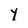
Character: y